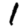
Digit: 1